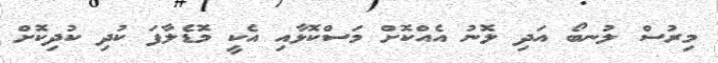
މިރުސް ލުނބޯ އަދި ލޮނު އެއްކޮށް މަސްކޮޅާއި އެކީ މޮޑެލާފަ ކުދި ކުދިކޮށް